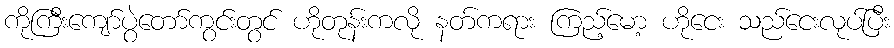
ကိုကြီးကျော်ပွဲတော်ကွင်းတွင် ဟိုတုန်းကလို နတ်ကရား ကြည့်မော့ ဟိုငေး သည်ငေးလုပ်ပြီး